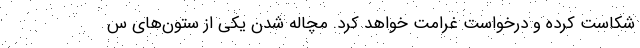
شکاست کرده و درخواست غرامت خواهد کرد. مچاله شدن یکی از ستون‌های س